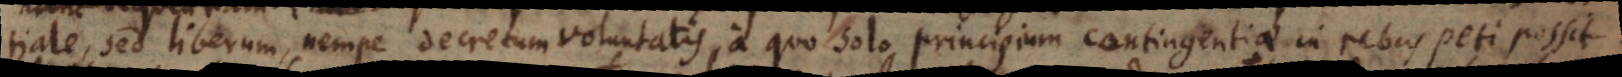
essentiale, sed liberum, nempe decretum voluntatis, a quo solo principium contingentiae in rebus peti possit.